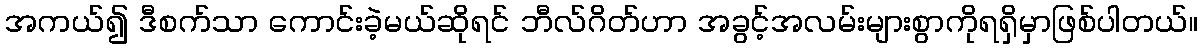
အကယ်၍ ဒီစက်သာ ကောင်းခဲ့မယ်ဆိုရင် ဘီလ်ဂိတ်ဟာ အခွင့်အလမ်းများစွာကိုရရှိမှာဖြစ်ပါတယ်။